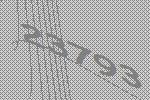
23793